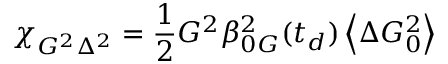
\chi _ { G ^ { 2 } \Delta ^ { 2 } } = \frac { 1 } { 2 } G ^ { 2 } \beta _ { 0 G } ^ { 2 } ( t _ { d } ) \left\langle \Delta G _ { 0 } ^ { 2 } \right\rangle